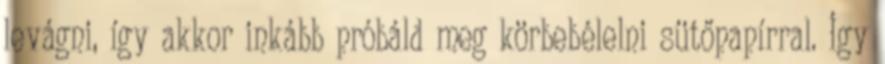
levágni, így akkor inkább próbáld meg körbebélelni sütőpapírral. Így